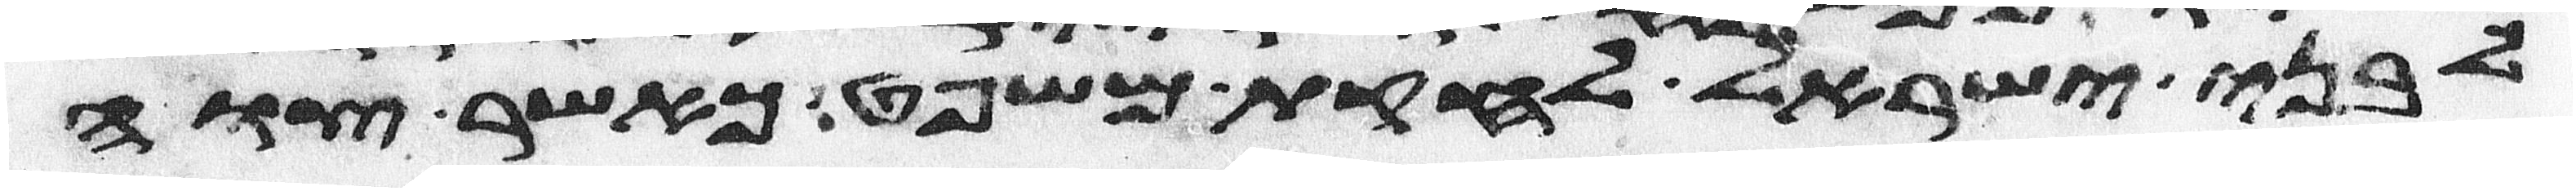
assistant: לבני ישראל לחקת משפט כאשר צוה